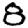
Digit: 8